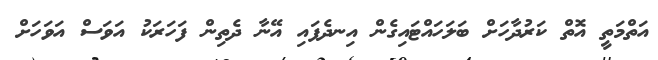
އަތްމަތީ އޮތް ކަރުދާހަށް ބަލަހައްޓައިގެން އިނދެފައި އޭނާ ދެތިން ފަހަރަކު އަވަސް އަވަހަށް